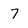
Character: 7